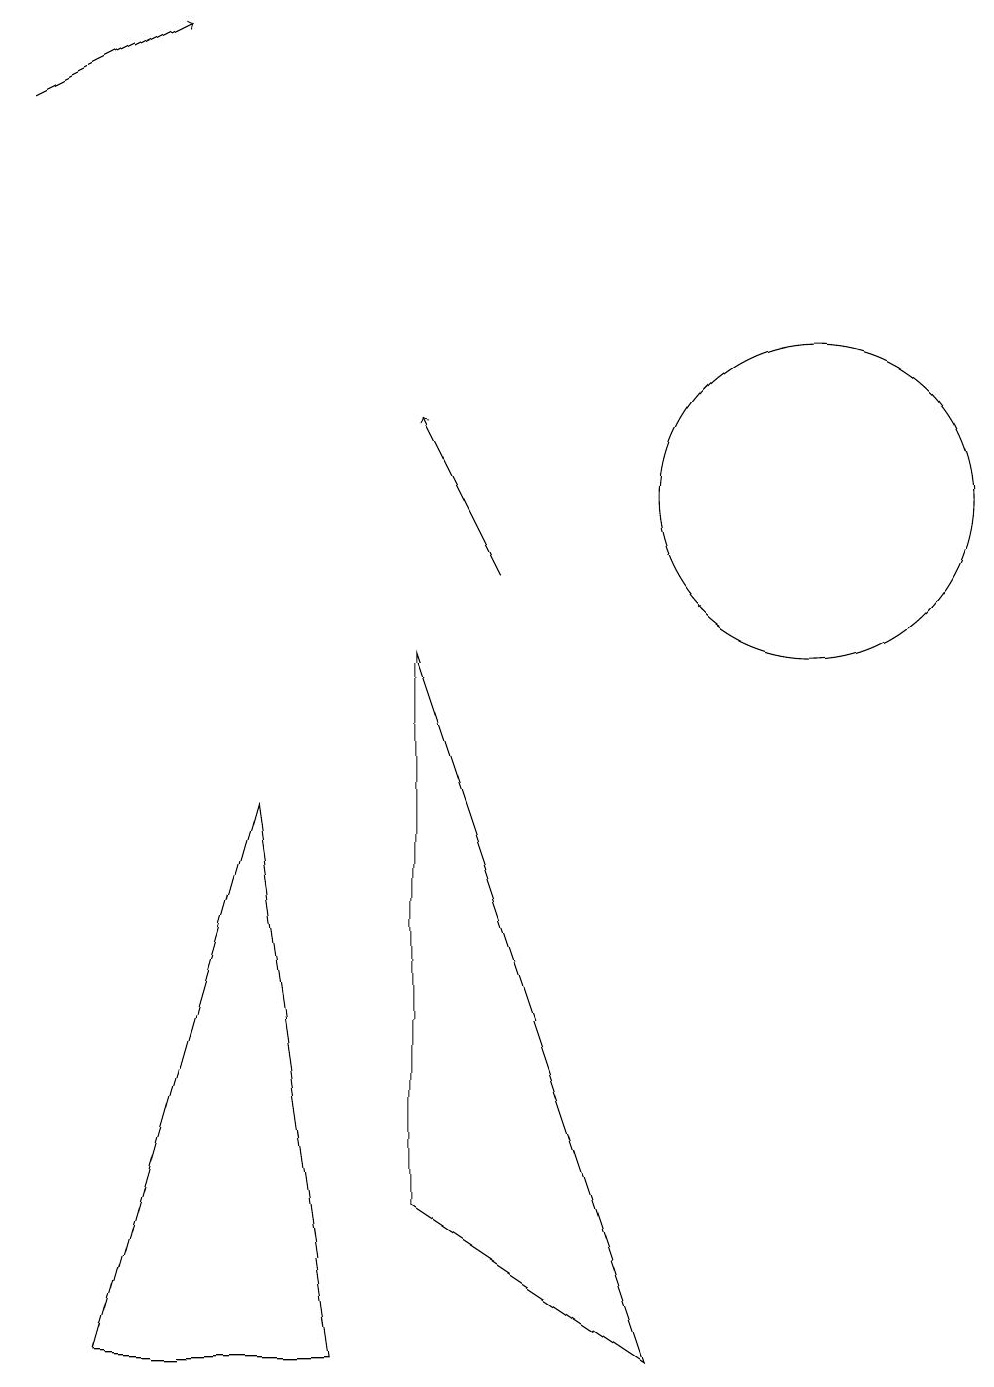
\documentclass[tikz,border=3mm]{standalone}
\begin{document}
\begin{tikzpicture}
\draw[->] (0,16) -- (2,17);
\draw[->] (6,10) -- (5,12);
\draw (5,9) -- (5,2) -- (8,0) -- cycle;
\draw (10,11) circle (2);
\draw (3,7) -- (1,0) -- (4,0) -- cycle;
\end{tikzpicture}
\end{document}